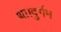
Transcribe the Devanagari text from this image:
था।दुर्गम